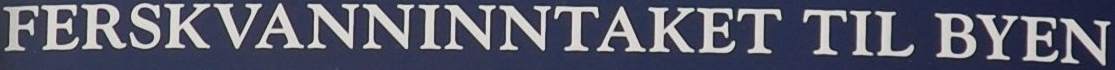
FERSKVANNINNTAKET TIL BYEN